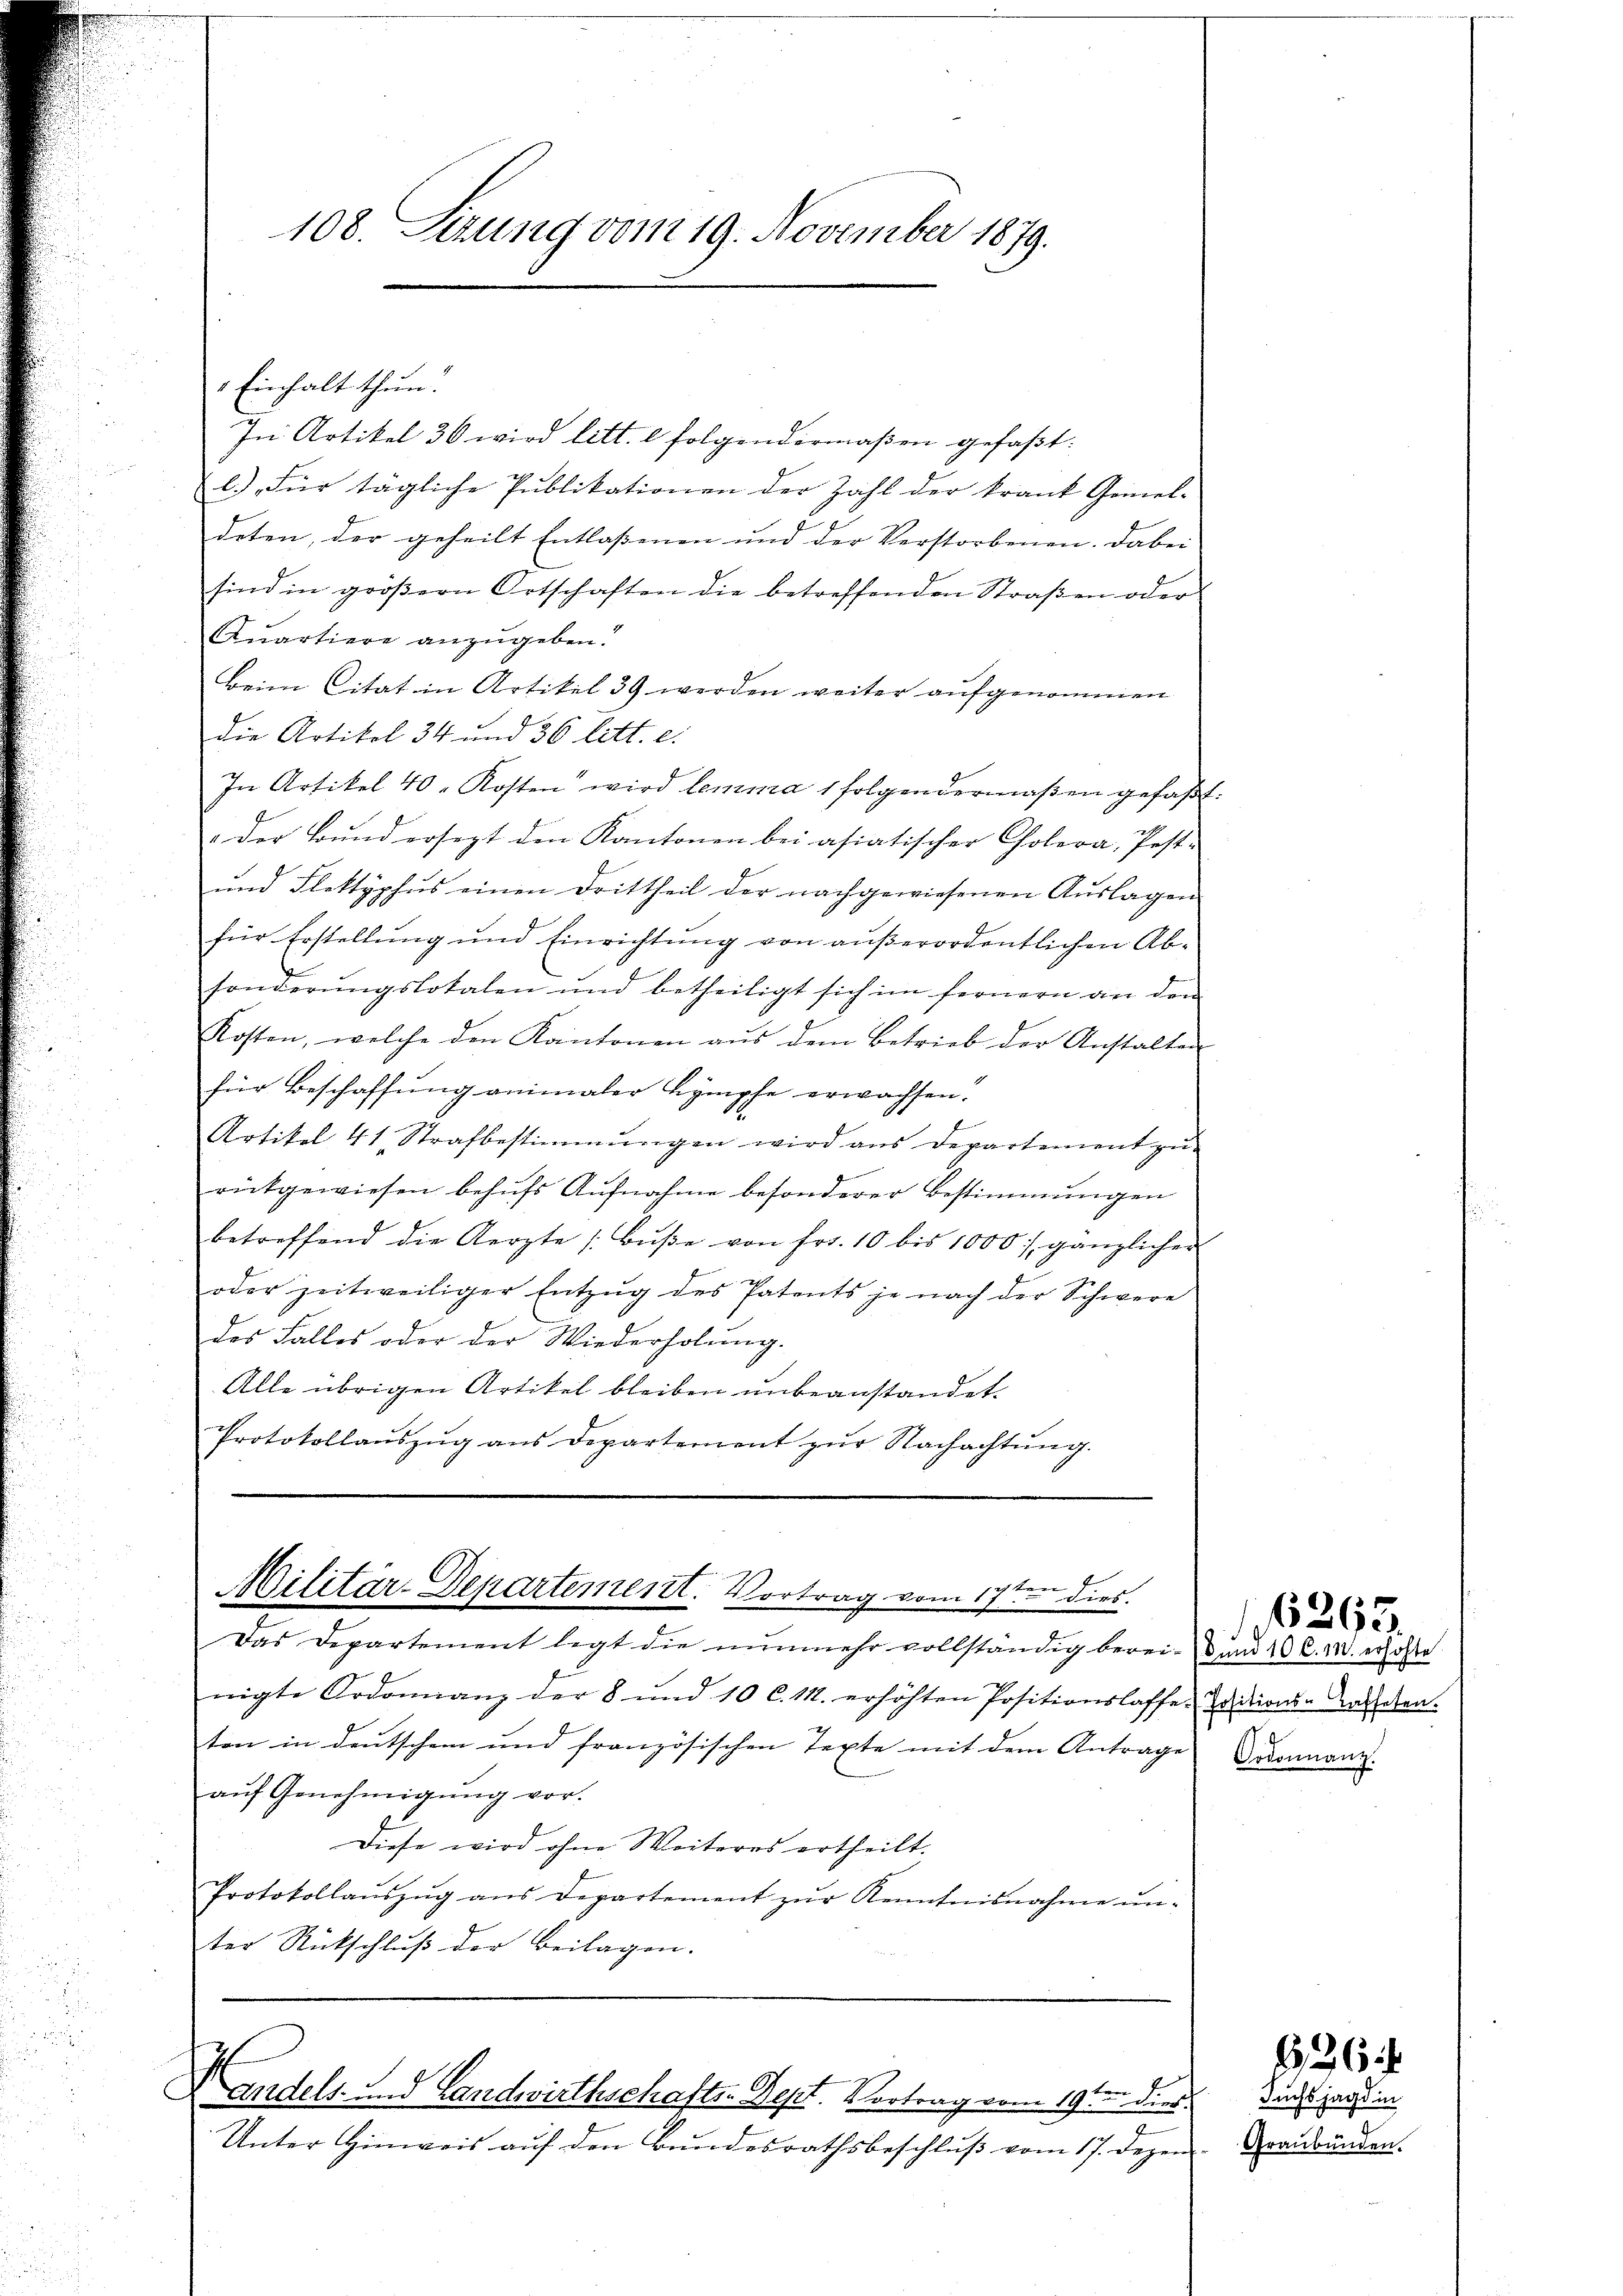
108. Sizung vom 19. November 1879.

Einhalt thun.
In Artikel 30 wird litt. l. folgendermaßen gefaßt:
l.) Für tägliche Publikationen der Zahl der krank Gemei-
deten, der geheilt Entlaßenen und der Verstorbenen. Dabei
sind in gröβern Ortschaften die betreffenden Straβen oder
Quartiere anzugeben.
Beim Citat in Artikel 39 werden weiter aufgenommen
Die Artikel 34 und 36 litt. e.
In Artikel 40. Kosten wird lemma 1 folgendermaßen gefaßt.
: Der Bund ersezt den Kantonen bei asiatischer Cholera, Pest-
und Flektyphus einen Drittheil der nachgewiesenen Auslagen
für Erstellung und Einrichtung von außerordentlichen Absonderŭngslotalen und betheiligt sich im fernern an den
Kosten, welche den Kantonen aŭs dem Betrieb der Anstalten
für Beschaffung animaler Lymphe erwachsen.
Artikel 41 Strafbestimmungen wird aus Departement zu-
rückgewiesen behŭfs Aŭfnahme besonderer Bestimmungen
betreffend die Aerzte Bŭβe von fr. 10 bis 1000 gänzlicher
oder zeitweiliger Entzŭg des Patents je nach der Schwere
das Falles oder der Wiederholung.
Alle übrigen Artikel bleiben unbeanstandet.
Protokollaŭszŭg ans Departement zŭr Nachachtŭng.

Militär-Departement. Vortrag vom 17ten dies

Das Departement legt die nunmehr vollständig berei- und 10 l. M. erhöhte
nigte Ordonnanz der 8 und 10 l. M. erhöhten Positionslaffe. Erdrien-Verheben.
ten in deutschem und französischen Texte mit dem Antrage Ordonnanz.
auf Genehmigung vor.
Diese wird ohne Weiteres ertheilt.
Protokollauszug aus Departement zur Kenntnisnahme unter Rückschluß der Beilagen.

andels- und Landwirthschafts Sept. Vortrag vom 19ten dies

Unter Hinweis auf den Bundesrathsbeschluß vom 17. Dezen

e

6293.

2

Fuchs Jagd in
Graubünden.